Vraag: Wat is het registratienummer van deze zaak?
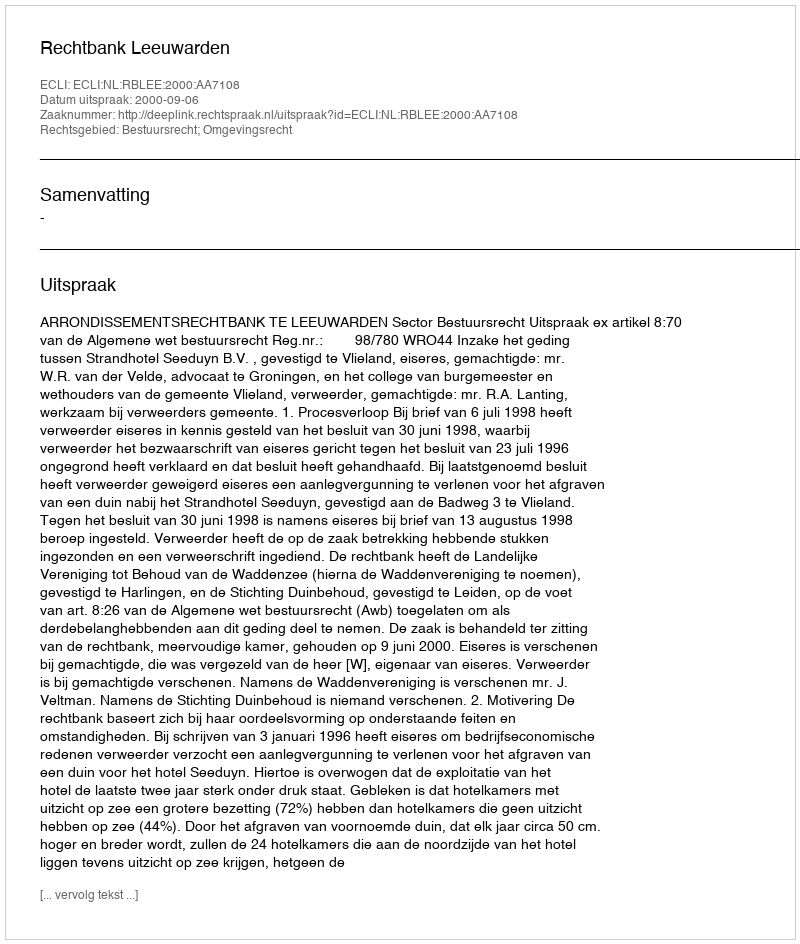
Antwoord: http://deeplink.rechtspraak.nl/uitspraak?id=ECLI:NL:RBLEE:2000:AA7108